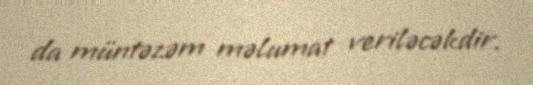
da müntəzəm məlumat veriləcəkdir.